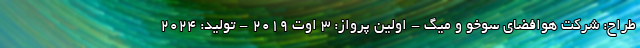
طراح: شرکت هوافضای سوخو و میگ - اولین پرواز: 3 اوت 2019 - تولید: 2024